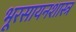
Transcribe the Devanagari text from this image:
भूरसायनशास्त्र